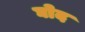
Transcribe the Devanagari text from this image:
घोद